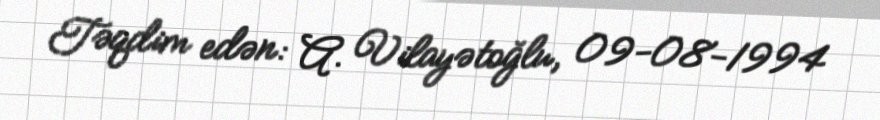
Təqdim edən: A. Vilayətoğlu, 09-08-1994